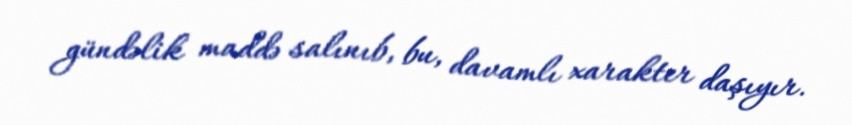
gündəlik maddə salınıb, bu, davamlı xarakter daşıyır.